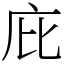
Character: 庇